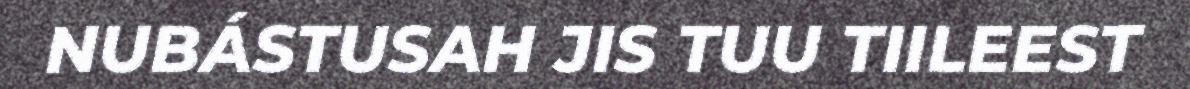
NUBÁSTUSAH JIS TUU TIILEEST